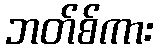
ဘတ်စ်ကား